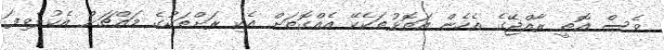
ވެސް އޮތީ ރާއްޖޭގެ އެހެން އަތޮޅުތަކެކޭ އެއްގޮތަށް އެކި ރަށްތަކުގެ މައްޗަށް އެކުލެވިފަ